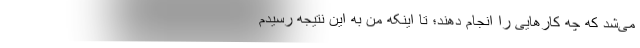
می‌شد که چه کارهایی را انجام دهند؛ تا اینکه من به این نتیجه رسیدم